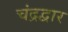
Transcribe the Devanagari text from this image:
चंद्रद्वार